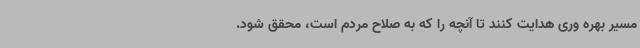
مسیر بهره وری هدایت کنند تا آنچه را که به صلاح مردم است، محقق شود.